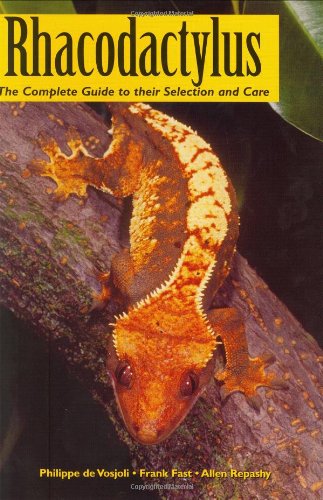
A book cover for Rhacodactylus: The Complete Guide to their Selection and Care; Philippe De Vosjoli; Crafts, Hobbies & Home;